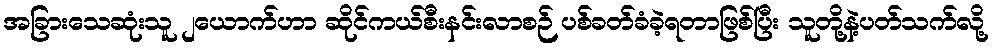
အခြားသေဆုံးသူ ၂ယောက်ဟာ ဆိုင်ကယ်စီးနင်းလာစဉ် ပစ်ခတ်ခံခဲ့ရတာဖြစ်ပြီး သူတို့နဲ့ပတ်သက်လို့